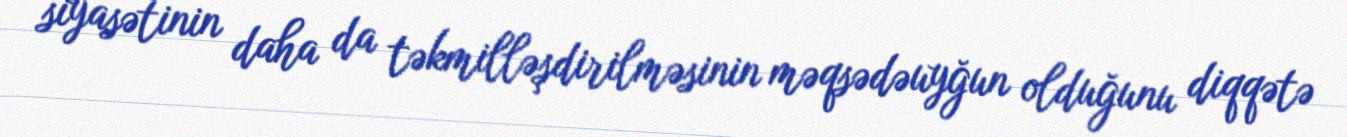
siyasətinin daha da təkmilləşdirilməsinin məqsədəuyğun olduğunu diqqətə